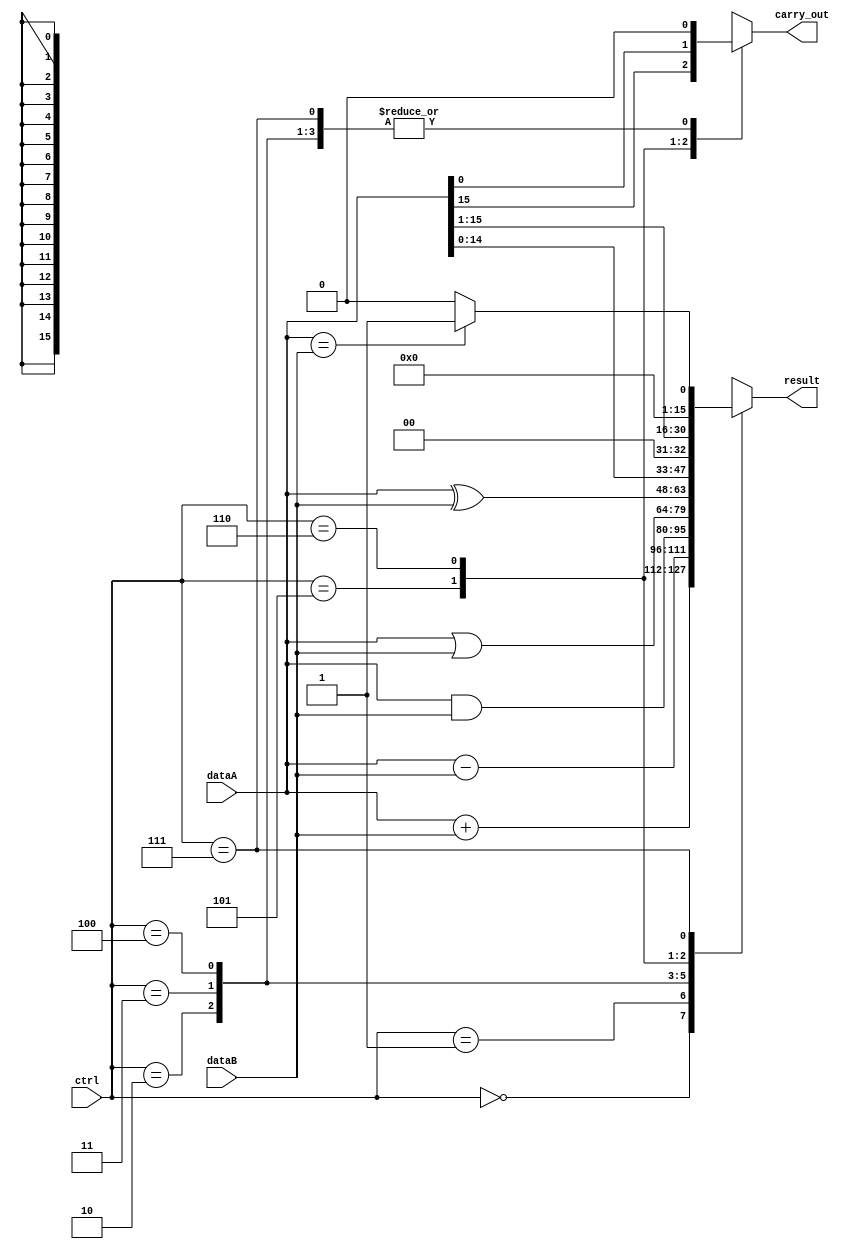
module ALU (
    input [15:0] dataA,
    input [15:0] dataB,
    input [2:0] ctrl,
    output reg [15:0] result,
    output reg carry_out
);

always @ (dataA, dataB, ctrl)
begin
    case (ctrl)
        3'b000: begin // ADD
            result = dataA + dataB;
            carry_out = (result[16] == 1);
        end
        3'b001: begin // SUB
            result = dataA - dataB;
            carry_out = (result[16] == 1);
        end
        3'b010: begin // AND
            result = dataA & dataB;
            carry_out = 0;
        end
        3'b011: begin // OR
            result = dataA | dataB;
            carry_out = 0;
        end
        3'b100: begin // XOR
            result = dataA ^ dataB;
            carry_out = 0;
        end
        3'b101: begin // Shift Left
            result = dataA << 1;
            carry_out = dataA[15];
        end
        3'b110: begin // Shift Right
            result = dataA >> 1;
            carry_out = dataA[0];
        end
        3'b111: begin // Comparison
            if (dataA == dataB)
                result = 16'b0000_0000_0000_0001;
            else
                result = 16'b0000_0000_0000_0000;
            carry_out = 0;
        end
    endcase
end

endmodule